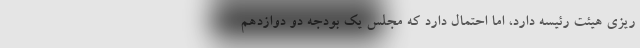
ریزی هیئت رئیسه دارد، اما احتمال دارد که مجلس یک بودجه دو دوازدهم